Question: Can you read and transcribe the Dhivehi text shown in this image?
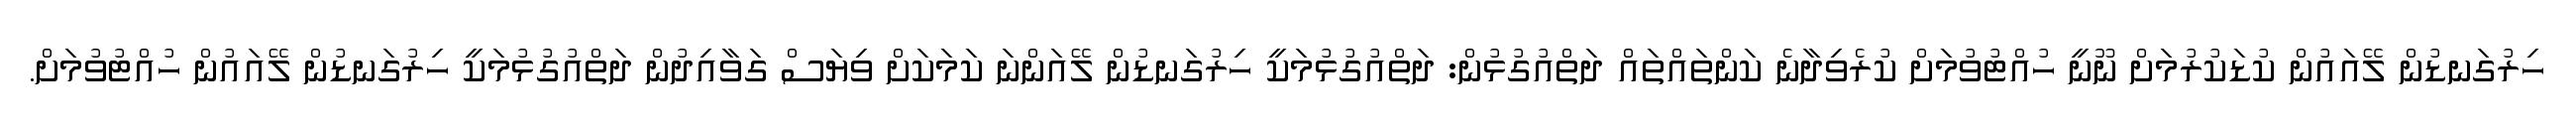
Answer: ހިރުގަނޑުން ލޭއައުން ކުޑަކުރުމަށް ނޫނީ ހުއްޓުވުމަށް ކުރެވިދާނެ ކަންތައްތައް ދަތްއުގުޅުން: ދަތްއުގުޅުމަކީ ހިރުގަނޑުން ލޭއަންނަ ކަމަކަށް ވިޔަސް ގަވާއިދުން ދަތްއުގުޅުމަކީ ހިރުގަނޑުން ލޭއައުން ހުއްޓުވުމަށް.